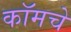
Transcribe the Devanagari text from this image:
कॉमचे